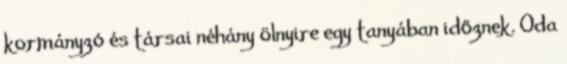
kormányzó és társai néhány ölnyire egy tanyában időznek. Oda